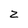
Character: z